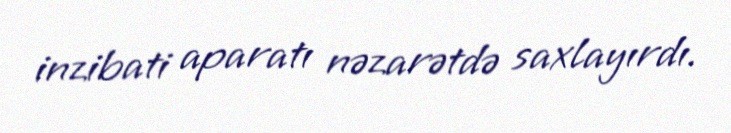
inzibati aparatı nəzarətdə saxlayırdı.